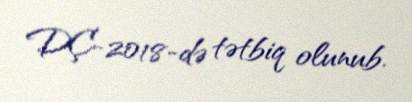
DÇ-2018-də tətbiq olunub.